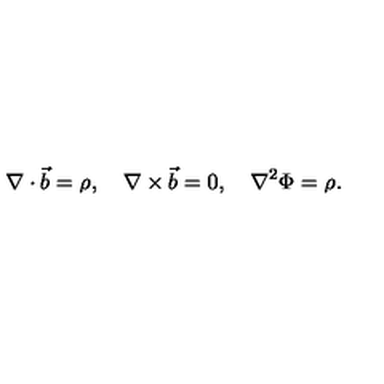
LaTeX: \nabla \cdot \vec { b } = \rho , \quad \nabla \times \vec { b } = 0 , \quad \nabla ^ { 2 } \Phi = \rho .